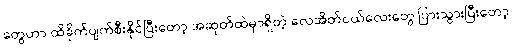
တွေဟာ ထိခိုက်ပျက်စီးနိုင်ပြီးတော့ အဆုတ်ထဲမှာရှိတဲ့ လေအိတ်ငယ်လေးတွေ ပြားသွားပြီးတော့